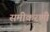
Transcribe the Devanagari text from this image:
समीकरणी